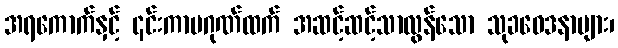
အရကောက်နှင့် ၎င်းကာမဂုဏ်ထက် အဆင့်ဆင့်သာလွန်သော သုခဝေဒနာများ၊